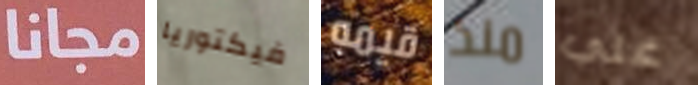
مجانا فيكتوريا قيمه منذ علي